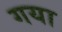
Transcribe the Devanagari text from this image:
गया